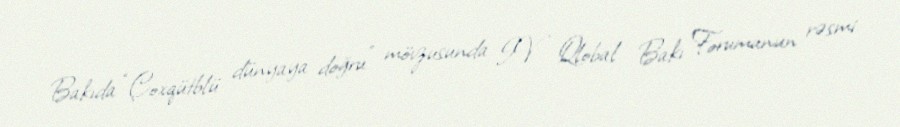
Bakıda “Çoxqütblü dünyaya doğru” mövzusunda IV Qlobal Bakı Forumunun rəsmi